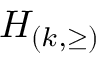
H _ { ( k , \geq ) }